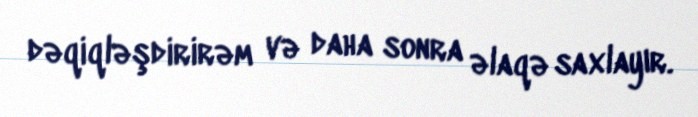
dəqiqləşdirirəm və daha sonra əlaqə saxlayır.